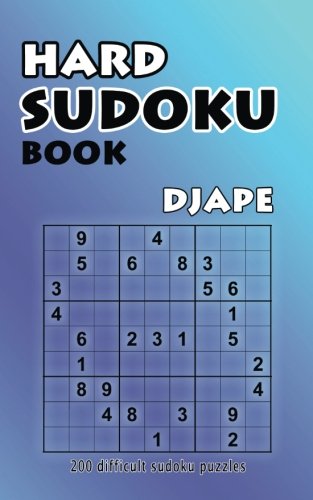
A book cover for Hard Sudoku Book: 200 Difficult Sudoku Puzzles (Volume 1); Djape; Humor & Entertainment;